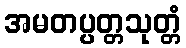
အမတပ္ပတ္တသုတ္တံ